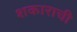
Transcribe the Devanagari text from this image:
शकाराची